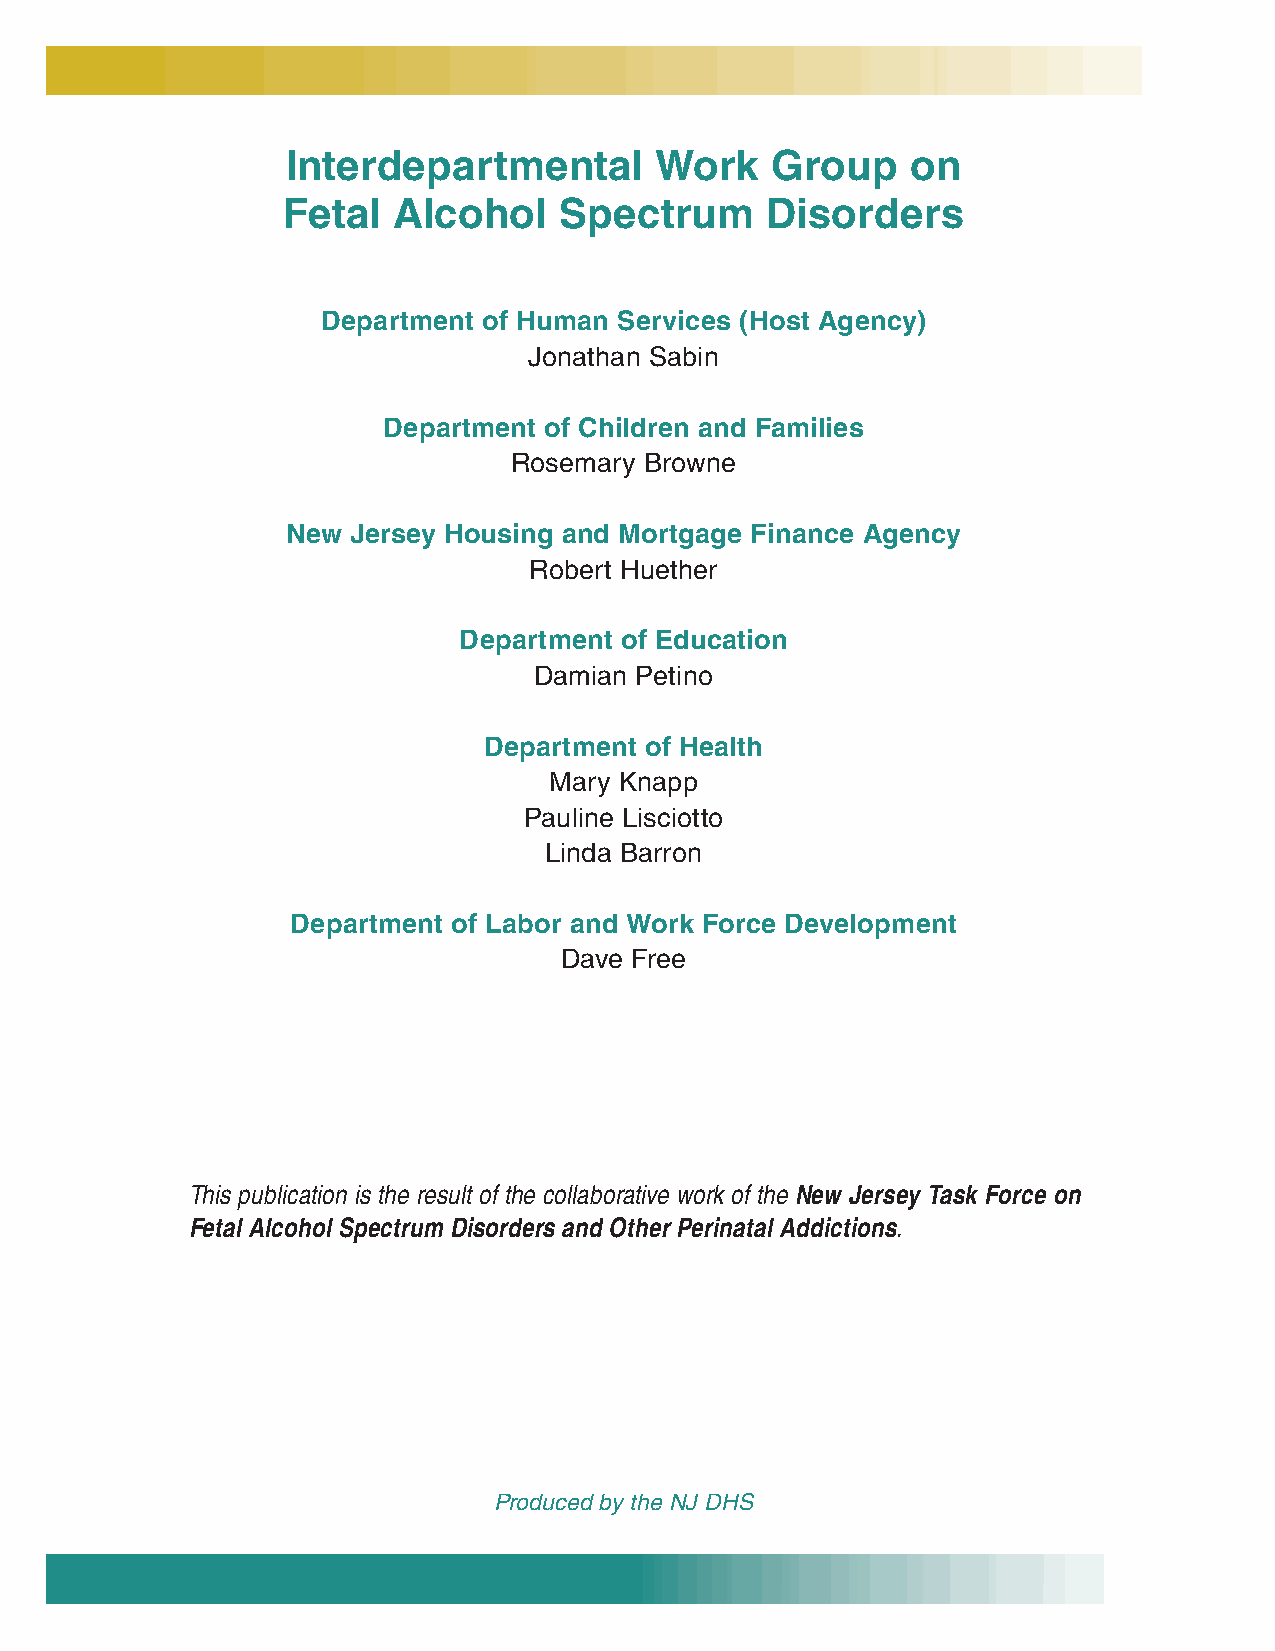
Interdepartmental       Work    Group    on
 Fetal  Alcohol    Spectrum      Disorders
 Department of Human Services (Host Agency)
 Jonathan Sabin
 Department of Children and Families
 Rosemary Browne
 New Jersey Housing and Mortgage Finance Agency
 Robert Huether
 Department of Education
 Damian Petino
 Department of Health
 Mary Knapp
 Pauline Lisciotto
 Linda Barron
 Department of Labor and Work Force Development
 Dave Free
 This publication is the result of the collaborative work of the New Jersey Task Force on
 Fetal Alcohol Spectrum Disorders and Other Perinatal Addictions.
 Produced by the NJ DHS